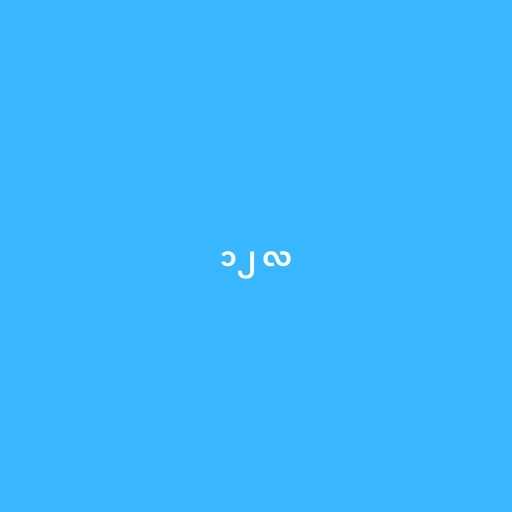
၁၂ လ